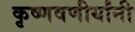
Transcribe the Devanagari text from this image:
कृष्णवणीर्यांनी